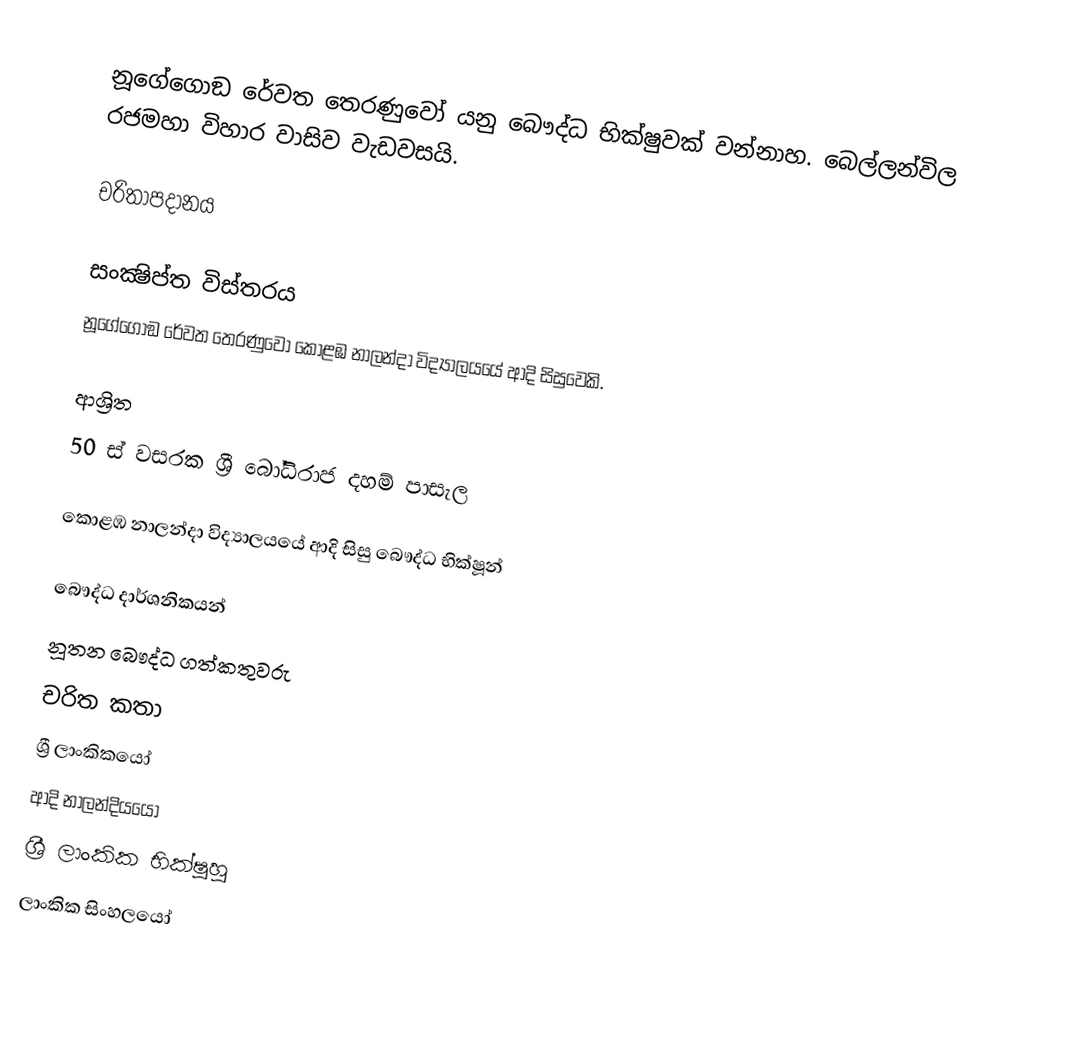
නූගේගොඞ රේවත තෙරණුවෝ යනු බෞද්ධ භික්ෂුවක් වන්නාහ. බෙල්ලන්විල රජමහා විහාර වාසිව වැඩවසයි.

චරිතාපදානය

සංක්‍ෂිප්ත විස්තරය
නූගේගොඞ රේවත තෙරණුවෝ කොළඹ නාලන්දා විද්‍යාලයයේ ආදි සිසුවෙකි.

ආශ්‍රිත
 50 ස් වසරක ශ්‍රී බෝධිරාජ දහම් පාසැල

කොළඹ නාලන්දා විද්‍යාලයයේ ආදි සිසු බෞද්ධ භික්ෂූන්

බෞද්ධ දාර්ශනිකයන්
නූතන බෞද්ධ ගත්කතුවරු
චරිත කතා
ශ්‍රී ලාංකිකයෝ
ආදි නාලන්දියයෝ
ශ්‍රී ලාංකික භික්ෂූහූ
ලාංකික සිංහලයෝ